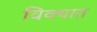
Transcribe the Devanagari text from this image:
विक्यात